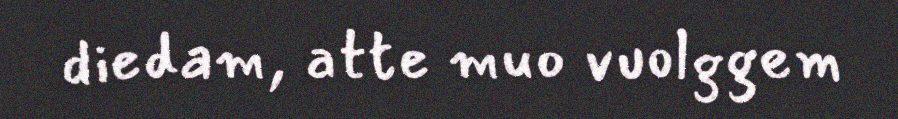
diedam, atte muo vuolggem